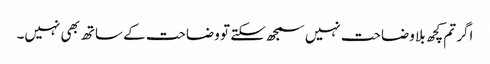
اگر تم کچھ بلا وضاحت نہیں سمجھ سکتے تو وضاحت کے ساتھ بھی نہیں۔